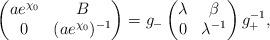
LaTeX: \begin{gather*}\left(\begin{matrix}ae^{\chi_0}&B\\0&(ae^{\chi_0})^{-1}\end{matrix}\right)=g_-\left(\begin{matrix}\lambda&\beta\\0&\lambda^{-1}\end{matrix}\right)g_+^{-1},\end{gather*}